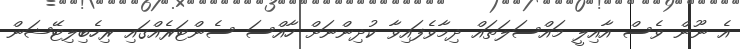
އެ ނޫން ވެސް އާއިލީ މަަައްސަލަތައް ދިމާވެފައިވާ ކުދިންނަށް ހާއްސަ ސެންޓަރެއްގައި ރިހެބިލިޓޭޝަން